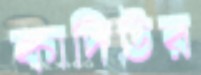
কাদিউর